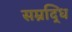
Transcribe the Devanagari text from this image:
सम्रद्धि